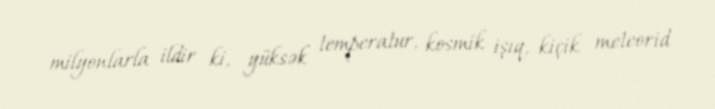
milyonlarla ildir ki, yüksək temperatur, kosmik işıq, kiçik meteorid